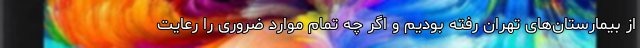
از بیمارستان‌های تهران رفته بودیم و اگر چه تمام موارد ضروری را رعایت